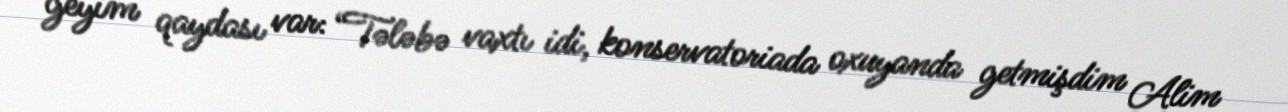
geyim qaydası var: “Tələbə vaxtı idi, konservatoriada oxuyanda getmişdim Alim